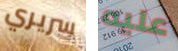
سريري عليه